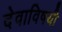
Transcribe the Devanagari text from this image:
देवाविषयी